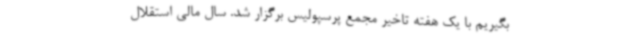
بگیریم با یک هفته تاخیر مجمع پرسپولیس برگزار شد. سال مالی استقلال